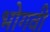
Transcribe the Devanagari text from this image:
भोगवी